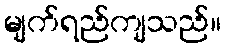
မျက်ရည်ကျသည်။